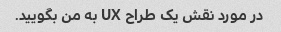
در مورد نقش یک طراح UX به من بگویید.